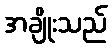
အချိုးသည်